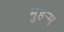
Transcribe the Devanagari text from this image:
मुहर्‍म